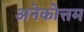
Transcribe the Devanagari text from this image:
अनेकोत्तम